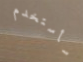
سأستخدم